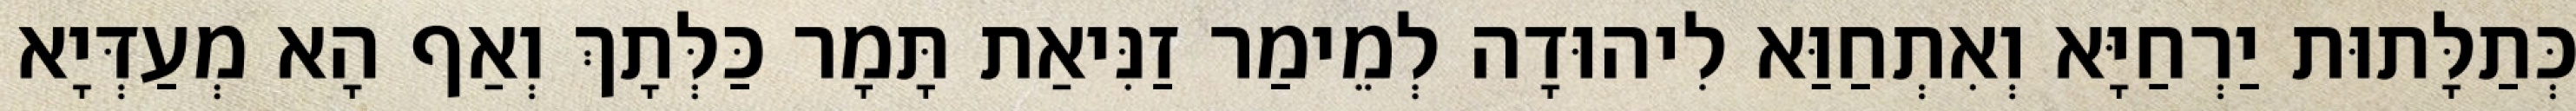
כְּתַלָּתוּת יַרְחַיָּא וְאִתְחַוַּא לִיהוּדָה לְמֵימַר זַנִּיאַת תָּמָר כַּלְּתָךְ וְאַף הָא מְעַדְּיָא